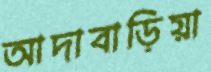
আদাবাড়িয়া